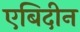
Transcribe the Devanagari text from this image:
एबिदीन